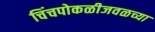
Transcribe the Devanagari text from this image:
चिंचपोकळीजवळच्या